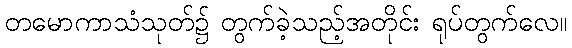
တမောကာသံသုတ်၌ တွက်ခဲ့သည့်အတိုင်း ရုပ်တွက်လေ။